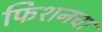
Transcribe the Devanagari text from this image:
फिशनचा